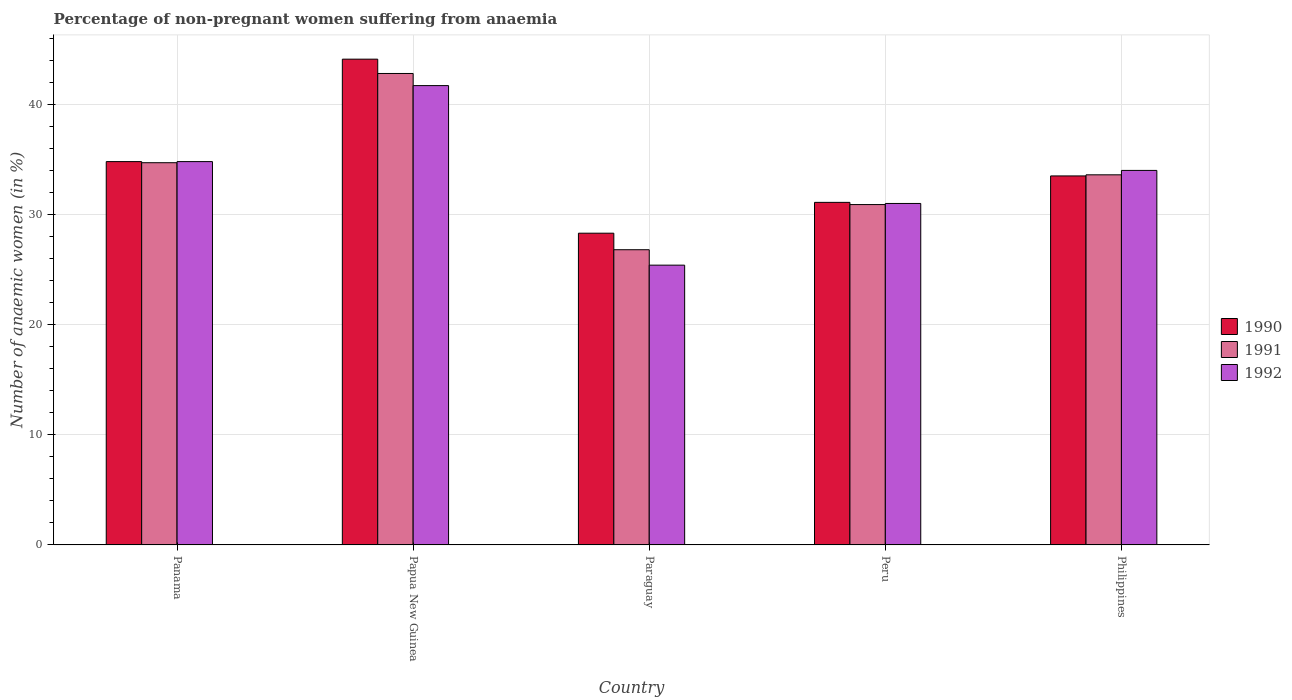
| Country | 1990 | 1991 | 1992 |
 | --- | --- | --- | --- |
 | Panama | 34.8 | 34.7 | 34.8 |
 | Papua New Guinea | 44.1 | 42.8 | 41.7 |
 | Paraguay | 28.3 | 26.8 | 25.4 |
 | Peru | 31.1 | 30.9 | 31 |
 | Philippines | 33.5 | 33.6 | 34 |